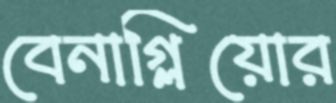
বেনাগ্লিয়োর